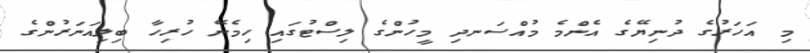
މި އަހަރުގެ ދުނިޔޭގެ އެންމެ މުއްސަނދި މީހުންގެ ލިސްޓުގައި ހިމެނޭ ހުރިހާ ބިލިއަނަރުންގެ